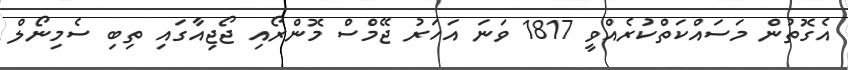
އެގޮތުން މަސައްކަތްކުރެއްވީ 1817 ވަނަ އަހަރު ޖޭމްސް މޮންރޯއި ޖޯޖިއާގައި ތިބި ސެމިނޯލް